Indian journal of veterinary science and animal husbandry - Volumes 24-25, 1954-1955
Year: 1954
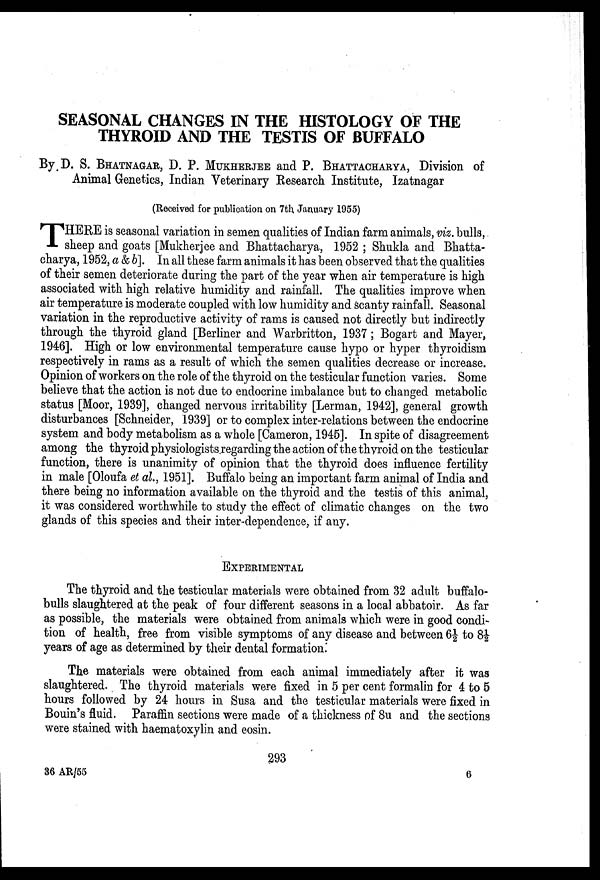
SEASONAL CHANGES IN THE HISTOLOGY OF THE
THYROID AND THE TESTIS OF BUFFALO
By D. S. BHATNAGAR, D. P. MUKHERJEE and P. BHATTACHARYA, Division of
Animal Genetics, Indian Veterinary Research Institute, Izatnagar
(Received for publication on 7th January 1955)
T HERE is seasonal variation in semen qualities of Indian farm animals, viz. bulls,
sheep and goats [Mukherjee and Bhattacharya, 1952; Shukla and Bhatta-
charya, 1952, a & b]. In all these farm animals it has been observed that the qualities
of their semen deteriorate during the part of the year when air temperature is high
associated with high relative humidity and rainfall. The qualities improve when
air temperature is moderate coupled with low humidity and scanty rainfall. Seasonal
variation in the reproductive activity of rams is caused not directly but indirectly
through the thyroid gland [Berliner and Warbritton, 1937; Bogart and Mayer,
1946]. High or low environmental temperature cause hypo or hyper thyroidism
respectively in rams as a result of which the semen qualities decrease or increase.
Opinion of workers on the role of the thyroid on the testicular function varies. Some
believe that the action is not due to endocrine imbalance but to changed metabolic
status [Moor, 1939], changed nervous irritability [Lerman, 1942], general growth
disturbances [Schneider, 1939] or to complex inter-relations between the endocrine
system and body metabolism as a whole [Cameron, 1945]. In spite of disagreement
among the thyroid physiologists regarding the action of the thyroid on the testicular
function, there is unanimity of opinion that the thyroid does influence fertility
in male [Oloufa et al., 1951]. Buffalo being an important farm animal of India and
there being no information available on the thyroid and the testis of this animal,
it was considered worthwhile to study the effect of climatic changes on the two
glands of this species and their inter-dependence, if any.
EXPERIMENTAL
The thyroid and the testicular materials were obtained from 32 adult buffalo-
bulls slaughtered at the peak of four different seasons in a local abbatoir. As far
as possible, the materials were obtained from animals which were in good condi-
tion of health, free from visible symptoms of any disease and between 6½ to 8½
years of age as determined by their dental formation.
The materials were obtained from each animal immediately after it was
slaughtered. The thyroid materials were fixed in 5 per cent formalin for 4 to 5
hours followed by 24 hours in Susa and the testicular materials were fixed in
Bouin's fluid. Paraffin sections were made of a thickness of 8u and the sections
were stained with haematoxylin and eosin.
293
36 AR/55
6